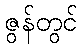
ဇွန်တွင်